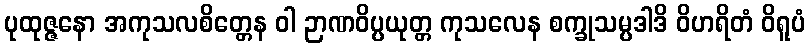
ပုထုဇ္ဇနော အကုသလစိတ္တေန ဝါ ဉာဏဝိပ္ပယုတ္တ ကုသလေန စက္ခုသမ္ပဒါဒိ ဝိဟရိတံ ဝိရူပံ